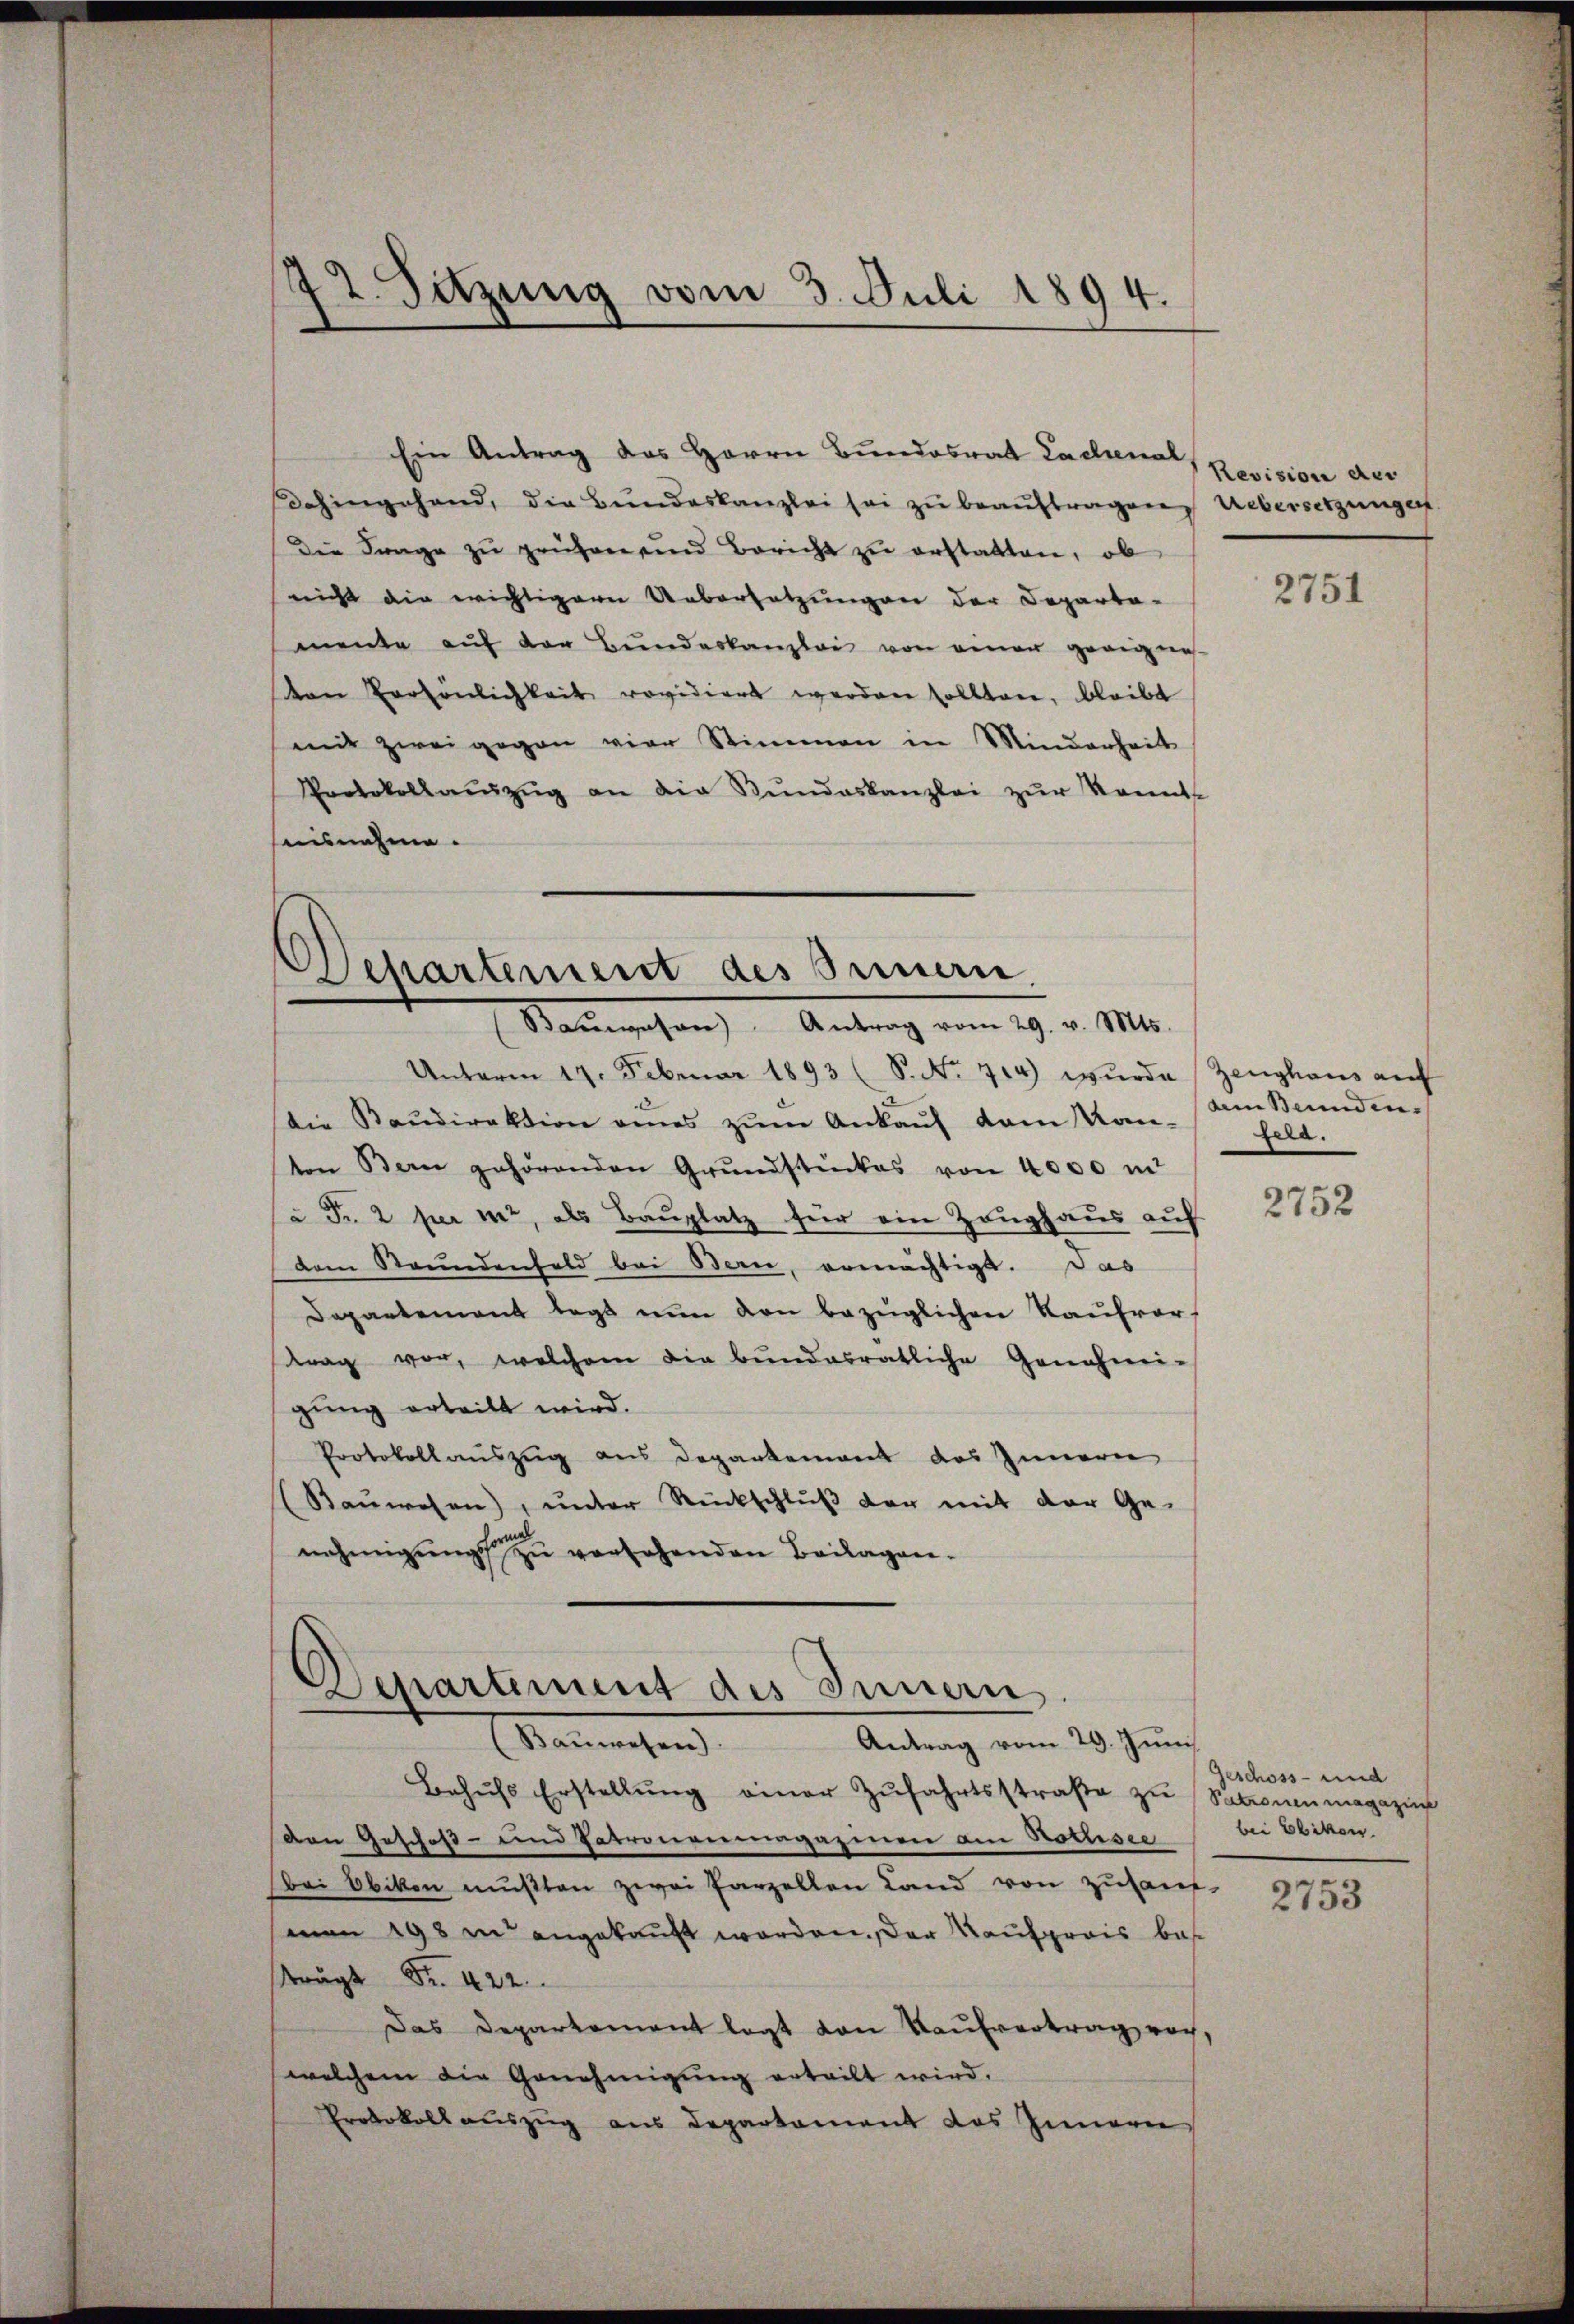
72. Sitzung vom 3. Juli 1894.

Ein Antrag des Herrn Bundesrat Lachenal,
dahingehand, die Bundeskanzlei sei zu beauftragen Uebersetzungen
Die Frage zŭ prüfen und Bericht zŭ erstatten, ob
nicht die wichtigern Uebersetzungen der Departa-
mente aŭf der Bundeskanzlei von einer geeigne
von Persönlichkeit revidiert werden sollten, bleibt
mit zwei gegen vier Stimmen in Minderheit
Protokollaŭszŭg an die Rŭndeskanzlei zŭr konnt
haisnahme.

Departement des Innern,
Baumwesen Antrag vom 29. v. M.

Departement des Innern
(Bauwesen)
Antrag vom 29. Juni

Revision der

Unterm 19. Februar 1893 (S. Nr. 714) wŭrde Zeŭghaŭs aŭf
die Baŭdirektion eines zŭm Ankauf dem Kan- feld.
ton Bern gehörenden Grŭndstückes von 4000 m
u Fr. 2 per mir, als Bauplatz für ein Zeughaus auf
dem Brundenfeld bei Bern, ermächtigt. Das
Departement legt nun den bezüglichen Kaufverf
trag vor, welchem die bŭndesratliche Genehmi-
gung erteilt wird.
Protokollauszug aus Departement des Innern
Rauwesen), unter Rückschluß der mit der Ge-
nehmigŭng zŭ versehenden Beilagen.

Behŭfs Erstellŭng einer Zŭfahrtsstraße zu Patronenmagazin
den Geschoß- und Patronenmagazinen am Rothsee
Bei Ebikon mußten zwei Parzellen Land von zusam-
senen 198 in angekauft worden. Der Kaufpreis bes
strägt Fr. 422.
Das Departement legt von Kaufvertrag noch,
welchem die Genehmigung erteilt wird.
Protokollauszug aus Departament das Innerer

2751

am Bunden¬

2752

Geschoss- und
bei Ebiken.

2753